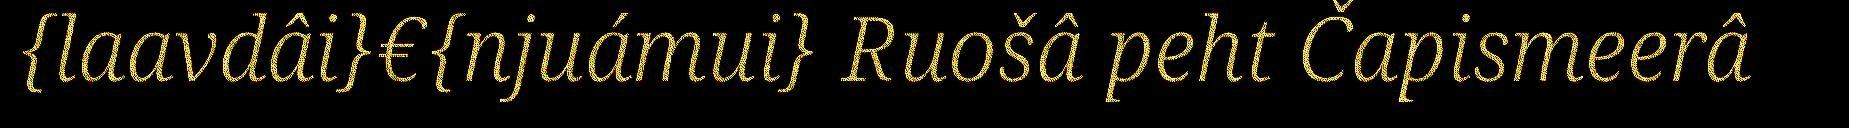
{laavdâi}€{njuámui} Ruošâ peht Čapismeerâ